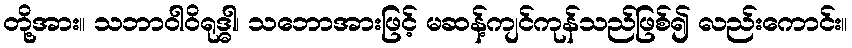
တို့အား။ သဘာဝါဝိရုဒ္ဓါ၊ သဘောအားဖြင့် မဆန့်ကျင်ကုန်သည်ဖြစ်၍ လည်းကောင်း။